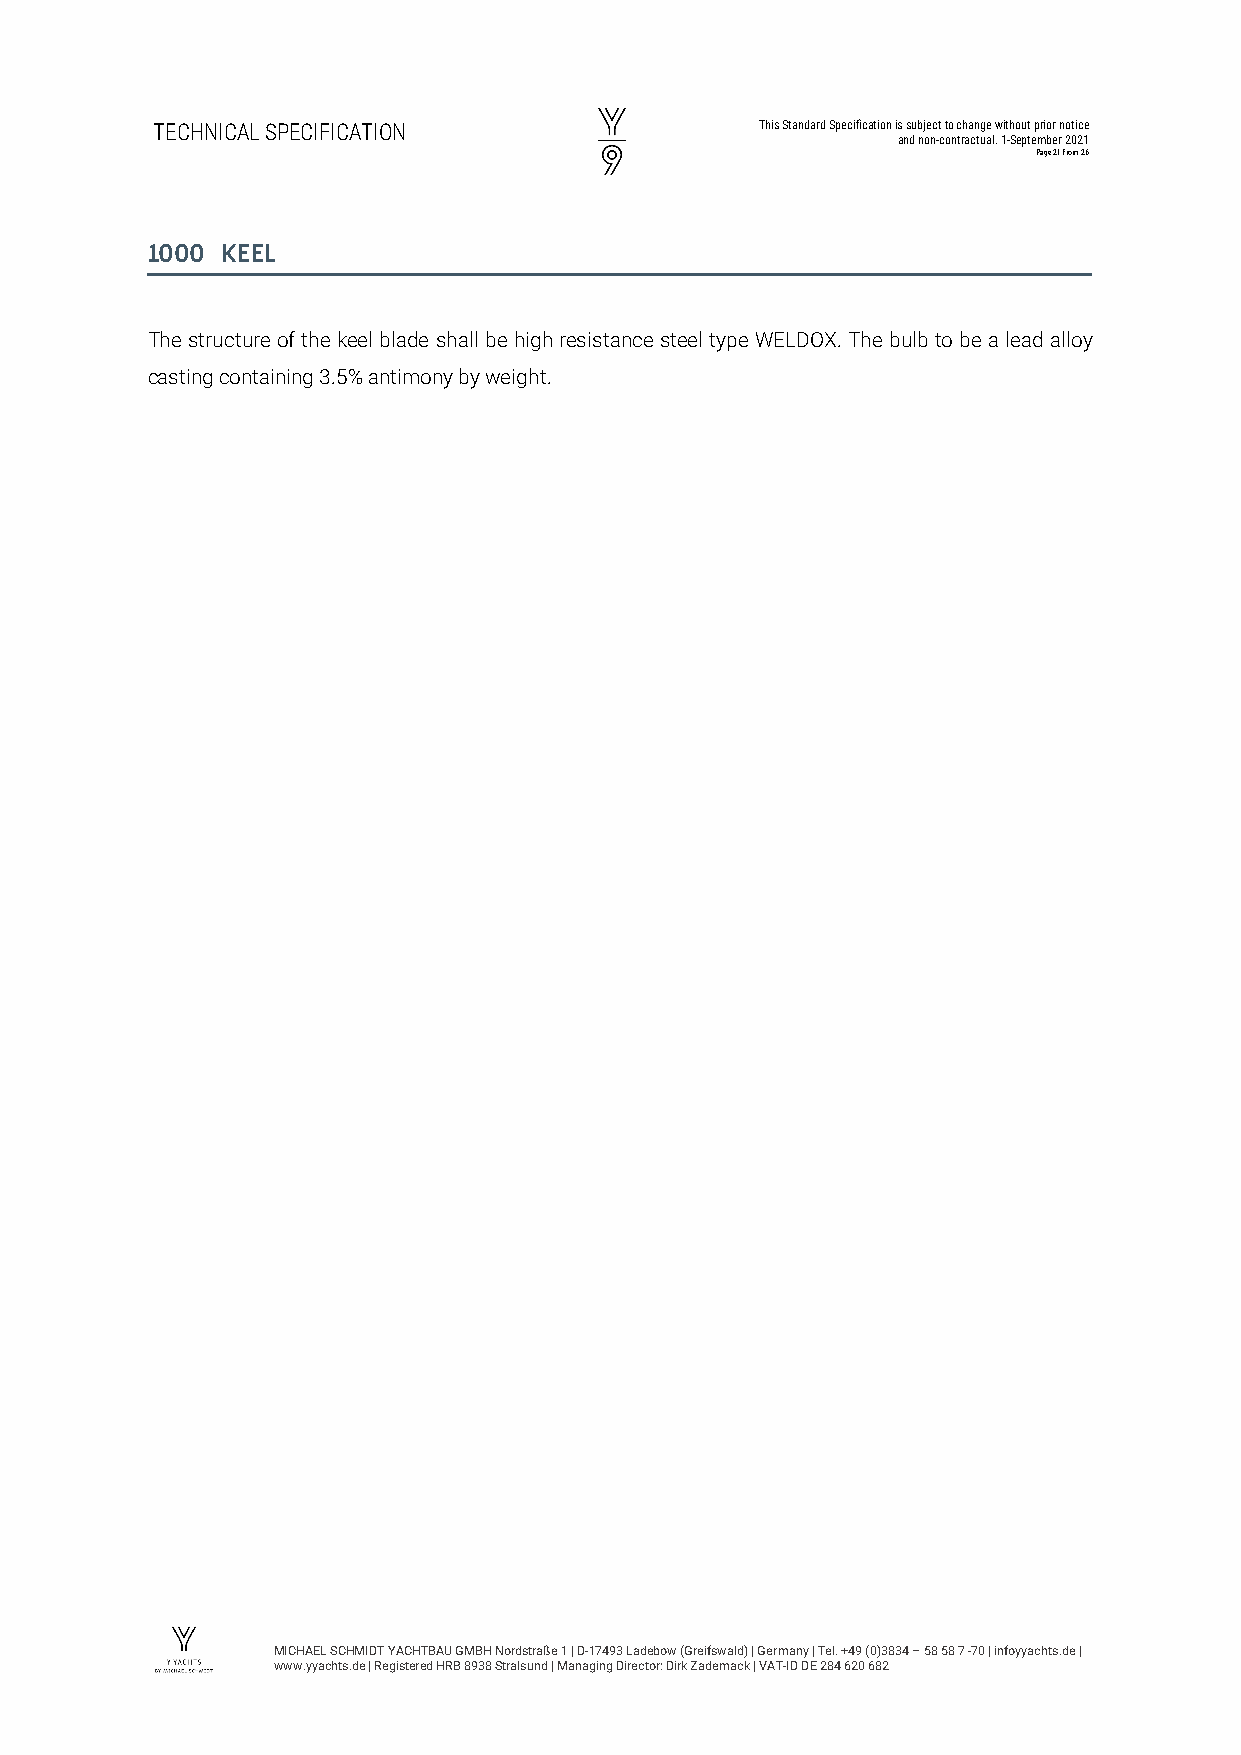
TECHNICAL SPECIFICATION                 This Standard Specification is subject to change without prior notice
 and non-contractual. 1-September 2021
 Page 21 from 26
 1000 KEEL
 The structure of the keel blade shall be high resistance steel type WELDOX. The bulb to be a lead alloy
 casting containing 3.5% antimony by weight.
 MICHAEL SCHMIDT YACHTBAU GMBH Nordstraße 1 | D-17493 Ladebow (Greifswald) | Germany | Tel. +49 (0)3834 – 58 58 7 -70 | infoyyachts.de |
 www.yyachts.de | Registered HRB 8938 Stralsund | Managing Director: Dirk Zademack | VAT-ID DE 284 620 682